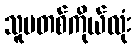
သူမတစ်ကိုယ်လုံး